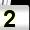
Digit: 2